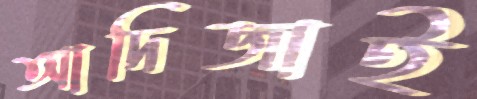
আদিজাই